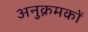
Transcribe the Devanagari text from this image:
अनुक्रमकों